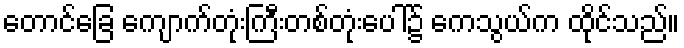
တောင်ခြေ ကျောက်တုံးကြီးတစ်တုံးပေါ်၌ ကေသွယ်က ထိုင်သည်။